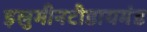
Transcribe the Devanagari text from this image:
इलुमीनटीडायमंड